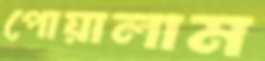
পোয়ালাম